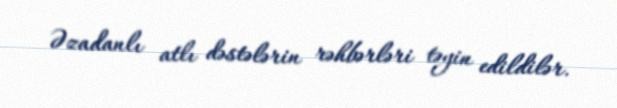
Əzadanlı atlı dəstələrin rəhbərləri təyin edildilər.